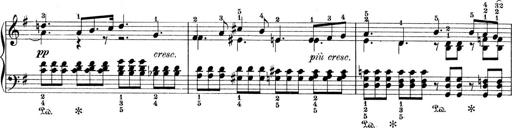
Title: 9 Sonatinen
Composer: Alexander Winterberger